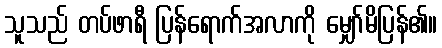
သူသည် တပ်ဖာရီ ပြန်ရောက်အလာကို မျှော်မိပြန်၏။